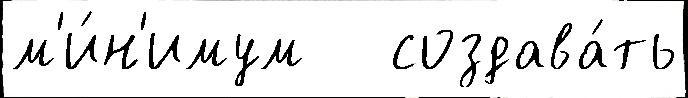
м'и́н'имум   создава́ть